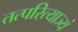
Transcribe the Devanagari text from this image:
तत्परित्याज्यं